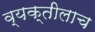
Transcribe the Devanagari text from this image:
व्यक्तीलाच